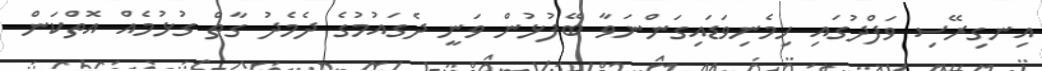
އިނގިރޭސި ވަފްދުގައި ހިމެނިވަޑައިގަންނަވާ ބޭފުޅުން ވަނީ ދެގައުމުގެ ދެމެދު ގާތް ގުޅުމެއް އޮތްކަން